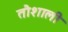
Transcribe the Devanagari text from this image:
तौशाली